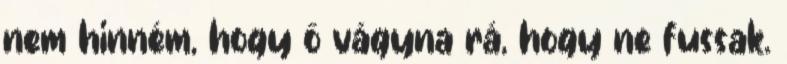
nem hinném, hogy ő vágyna rá, hogy ne fussak.